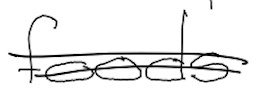
Text: foods
Cross-out: double-line
Writing tool: digital_black